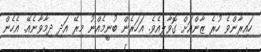
ހައިރާންވެ ހުރެ ޒާންއަށް ގޮވާލިއެވެ. އަހަރެން ބުނީމެއްނު މިރޭ އަދި ދިމާވާނެއޭ. އެހެން